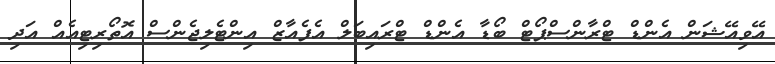
އޭވިއޭޝަން އެންޑް ޓްރާންސްޕޯޓް ބޯޑާ އެންޑް ޓްރައިބަލް އެފެއާޒް އިންޓެލިޖެންސް އޮތޯރިޓިއެއް އަދި